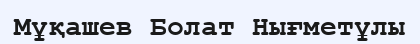
Мұқашев Болат Нығметұлы